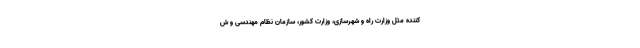
کننده مثل وزارت راه و شهرسازی، وزارت کشور، سازمان نظام مهندسی و ش